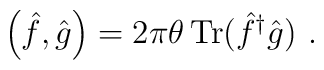
\left( \hat{f},\hat{g}\right)=2\pi \theta {\,\rm Tr}({\hat f}^{\dagger}\hat{g})~.